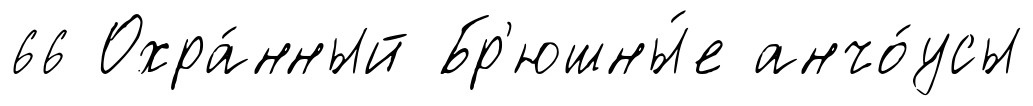
66 Охра́нный Бр'юшны́е анчо́усы